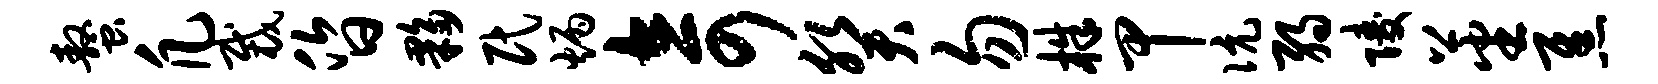
螯凡裁昏夥民炳奇癸勿株甲伉弱陵蕃焦